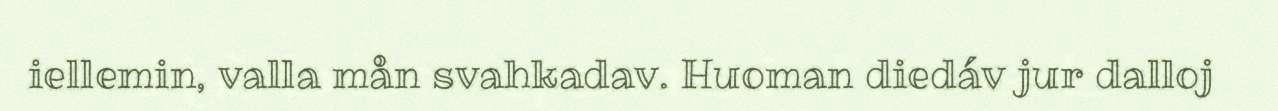
iellemin, valla mån svahkadav. Huoman diedáv jur dalloj